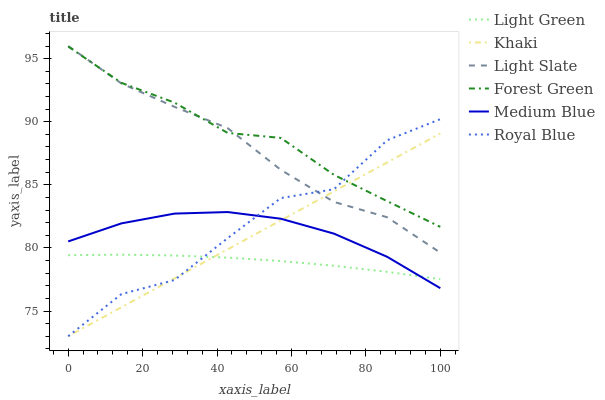
| xaxis_label | Light Green | Khaki | Light Slate | Forest Green | Medium Blue | Royal Blue |
 | --- | --- | --- | --- | --- | --- | --- |
 | 0 | 79.4 | 73 | 96 | 96 | 80.5 | 73 |
 | 14.3 | 79.5 | 75.3 | 93 | 93.1 | 81.9 | 76.3 |
 | 28.6 | 79.4 | 77.6 | 91.2 | 91.5 | 82.7 | 77.5 |
 | 42.9 | 79.2 | 79.9 | 89.5 | 89.1 | 82.8 | 80.8 |
 | 57.1 | 79 | 82.2 | 86.2 | 88.7 | 82.3 | 84 |
 | 71.4 | 78.6 | 84.5 | 83.6 | 85.8 | 81.1 | 84.6 |
 | 85.7 | 78.1 | 86.8 | 82.4 | 83.7 | 79.3 | 88.5 |
 | 100 | 77.5 | 89.1 | 79.6 | 81.7 | 76.8 | 90.2 |